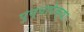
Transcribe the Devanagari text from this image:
पुण्यापेक्षा